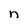
Character: n